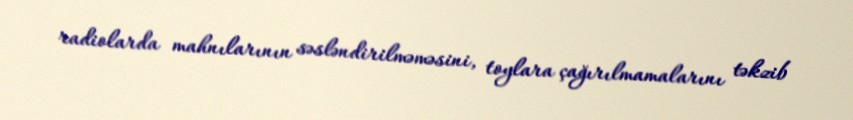
radiolarda mahnılarının səsləndirilməməsini, toylara çağırılmamalarını təkzib